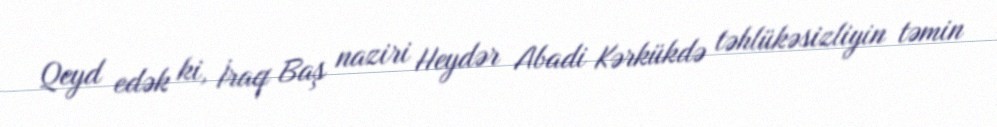
Qeyd edək ki, İraq Baş naziri Heydər Abadi Kərkükdə təhlükəsizliyin təmin